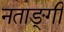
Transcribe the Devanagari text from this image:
नताङ्गी